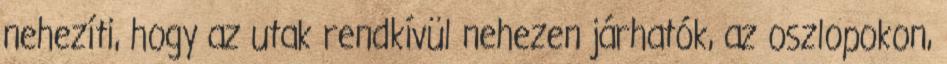
nehezíti, hogy az utak rendkívül nehezen járhatók, az oszlopokon,